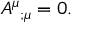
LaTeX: { A ^ { \mu } } _ { ; \mu } = 0 .